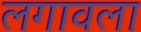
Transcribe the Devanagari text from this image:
लगावला